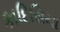
કાદિસિયા